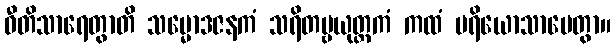
ဝီတိသာရေတွာတိ သမ္မောဒဇနကံ သရိတဗ္ဗယုတ္တကံ ကထံ ပရိယောသာပေတွာ။